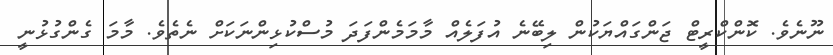
ނޫނެވެ. ކޮންކްރީޓް ޖަންގައްޔަކުން ލިބޭނެ އުފަލެއް މާމަމެންފަދަ މުސްކުޅިންނަކަށް ނެތެވެ. މާމަ ގެންގުޅުނީ